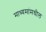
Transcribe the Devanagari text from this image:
माध्यमांमधील